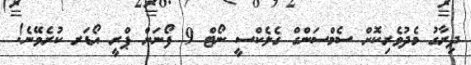
ދިރާގު މެދުވެރިކޮށް ސެމްސަންގް ގެލެކްސީ ނޯޓް 9 ފޯނަށް ޕްރީ އޯޑަރ ކުރެވޭނެ!